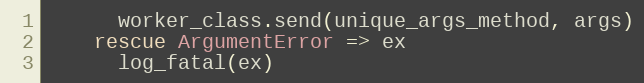
Language: Ruby
      worker_class.send(unique_args_method, args)
    rescue ArgumentError => ex
      log_fatal(ex)